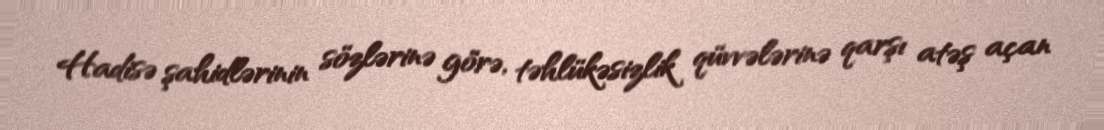
Hadisə şahidlərinin sözlərinə görə, təhlükəsizlik qüvvələrinə qarşı atəş açan